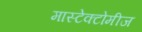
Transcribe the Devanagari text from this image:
मास्टेक्टोमीज